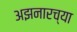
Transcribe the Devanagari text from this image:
अझनारच्या